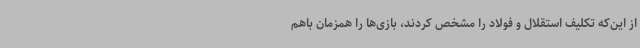
از این‌که تکلیف استقلال و فولاد را مشخص کردند، بازی‌ها را همزمان باهم